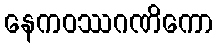
နေကဝဿဂဏိကော